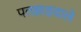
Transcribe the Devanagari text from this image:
पतझड़वाले